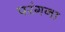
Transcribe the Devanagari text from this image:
परंगना